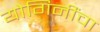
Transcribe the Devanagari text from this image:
योगिनींचा